Report on vaccination in Madras 1922-1929 - 1922-1929
Year: 1922
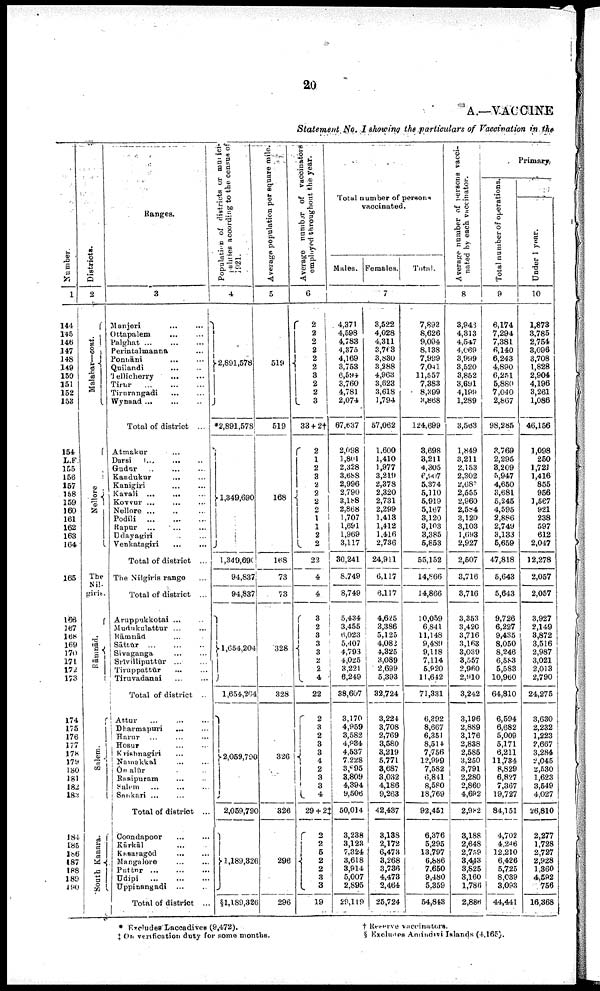
20
A.—VACCINE
Statement No.I showing the particulars of Vaccination in the
Number.
1
144
145
146
147
148
149
150
151
152
153
154
L.F
155
156
157
158
159
160
161
162
163
164
165
166
167
168
169
170
171
172
173
174
175
176
177
178
179
180
181
182
183
184
185
l86
187
188
189
190
Districts.
2
Malabar—cont.
Nellore... ...
The
Nil-
giries.
Rāmnād.
Salem.
South Kanara.
Ranges.
3
Manjeri... ...
Ottapalem... ...
Palghat...
...
Perintalmanna... ...
Ponnāni...
...
Quilandi...
...
Tellicherry... ...
Tirur...
...
Tirurangadi...
...
Wynaad...
...
Total of district... ...
Atmakur... ...
Darsi...
...
Gudur... ...
Kandukur...
...
Kanigiri...
...
Kavali...
...
Kovvur...
...
Nellore...
...
Podili...
...
Rapur...
...
Udayagiri... ...
Venkatagiri...
...
Total of district ...
The Nilgiris range...
Total of district ...
Aruppukkotai ... ...
Mudukulattur... ...
Rāmnād... ...
Sāttūr... ...
Sivaganga...
...
Srivilliputtūr... ...
Tiruppattūr... ...
Tiruvadanai... ...
Total of district ..
Attur...
...
Dharmapuri...
...
Harur... ...
Hosur... ...
Krishnagiri... ...
Namnakkal...
...
Ōngalūr... ...
Rasipuram... ...
Salem... ...
Snukari ...
Total of district... ...
Coondapoor... ...
Kārkāl... ...
Kasaragōd... ...
Mangalore... ...
Puttur... ...
Udipi...
...
Uppinangadi ...
Total of district ...
Population of districts or munici
alities according to the census of
1921.
4
2,891,578
*2,891,578
1,349,690
1,349,690
94,837
94,837
1,654,204
1,654,204
2,059,790
2,059,790
l,189,326
§1,189,326
Average population per square mile.
5
519
519
168
168
73
73
328
328
326
326
296
296
Average number of vaccinators
employed throughout the year.
6
2
2
2
2
2
2
3
2
2
3
33 + 2†
2
1
2
3
2
2
2 2
1
1
2
2
22
4
4
3
2
3
3 3
2
2
4
22
2
3 2
3
3
4
2 3
3
4
29 + 2‡
2
2
5
2
2
3
3
19
Total number of person-
vaccinated.
Males. Females.
Total.
7
4,371
4,598
4,783
4,375
4,169
3,753
6,594
3,760
4,781
2,074
67,637
2,098
1,801
2,328
3,688
2,996
2,790
3,188
2,868
1,707
1,691
1,969
3,117
30,241
8,749
8,749
5,434
3,455
6,023
5,407
4,793
4,025
3,221
6,249
38,607
3,170
4,959
3,582
4,934
4,537
7,228
3,095
3,809
4,394
9,506
50,014
3,238
3,123
7,324
3,618
3,914
5,007
2,895
29,119
3,522
4,028
4,311
3,768
3,830
3,288
4,963
3,623
3,618
1,794
57,062
1,600
1,410
1,977
3,219
2,373
2,320
2,731
2,299
1,413
1,412
1,416
2,736
24,911
6,117
6,117
4,625
3,386
5,125
4,082
4,325
3,089
2,699
5,393
32,724
3,224
3,708
2,769
3,580
3,219
5,771
3,687
3,032
4,186
9,263
42,437
3,138
2,172
6,473
3,268
3,736
4,473
2,464
25,724
7,893
8,626
9,094
8,138
7,999
7,041
11,557
7,383
8,399
3,868
124,699
3,698
3,211
4,305
6,907
5,374
5,110
5,919
5,167
3,120
3,103
3,385
5,853
55,152
14,866
14,866
10,059
6,841
11,148
9,489
9,118
7,114
5,920
11,642
71,331
6,392
8,667
6,351
8,514
7,756
12,989
7,582
6,841
8,580
18,769
92,451
6,376
5,295
13,797
6,886
7,650
9,480
5,359
54,843
Average number of persons vacci
nated by each vaccinator.
8
3,943
4,313
4,547
4,069
3,999
3,520
3,852
3,691
4,199
1,289
3,563
1,849
3,211
2,153
2,302
2,680
2,555
2,960
2,584
3,120
3,103
1 ,693
2,927
2,507
3,716
3,716
3,353
3,420
3,716
3,163
3,039
3,557
2,960
2,910
3,242
3,196
2,889
3,176
2,838
2,585
3,250
3,791
2,280
2,860
4,692
2,982
3,188
2,648
2,759
3,443
3,825
3,160
1,786
2,886
Primary
Total number of operations.
9
6,174
7,294
7,381
6,140
6,243
4,890
6,251
5,880
7,040
2,867
98,285
3,769
2,295
3,209
5,947
4,650
3,681
5,245
4,595
2,886
2,749
3,133
5,659
47,818
5,643
5,643
9,726
6,227
9,435
8,050
8,246
6,583
5,583
10,960
64,810
6,594
6,682
5,009
5,171
6,211
11,734
8,829
6,827
7,367
19,727
84,151
4,702
4,246
12,210
6,426
5,725
8,039
3,093
44,441
Under 1 year.
10
1,873
3,785
2,754
3,096
8,708
1,828
2,904
4,196
3,261
1,086
46,156
1,098
250
1,721
1,416
855
956
1,567
921
238
597
612
2,047
12,278
2,057
2,057
3,927
2,149
3,872
3,516
2,987
3,021
2,013
2,790
24,275
3,630
2,232
1,223
2,667
3,284
2,045
2,530
1,623
3,549
4,027
26,810
2,277
1,728
2,727
2,928
1,360
4,592
756
16,368
* Excludes Laccadives (9,472).
† Reserve vaccinators.
‡ On verification duty for some months.
§ Excludes Amindivi Islands (4,165).